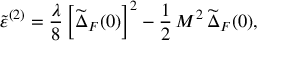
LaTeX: \tilde { \varepsilon } ^ { ( 2 ) } = \frac { \lambda } { 8 } \left[ \widetilde { \Delta } _ { F } ( 0 ) \right] ^ { 2 } - \frac { 1 } { 2 } \, M ^ { 2 } \, \widetilde { \Delta } _ { F } ( 0 ) ,